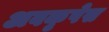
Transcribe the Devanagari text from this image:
अवकृपेस